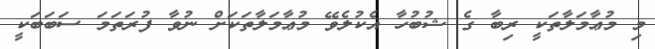
މި މުޢާމަލާތަކީ ރިބާ ގެ ޝުބުހާ އެކުލެވޭ މުޢާމަލާތަކަށް ނުވާ ފުރަތަމަ ސަބަބަކީ